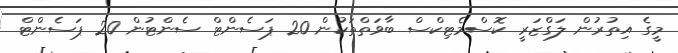
މީގެ އިތުރުން ލަގްޒަރީ ކޮސްމެޓިކްސް ބާވަތްތަކުން 20 ޕަސެންޓް ސެންޓުން 20 ޕަސެންޓް